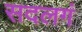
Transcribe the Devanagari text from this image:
सदलगं